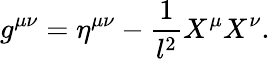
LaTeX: g^{\mu\nu}=\eta^{\mu\nu}-\frac{1}{l^{2}}X^{\mu}X^{\nu}.